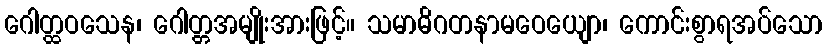
ဂေါတ္ထဝသေန၊ ဂေါတ္တအမျိုးအားဖြင့်။ သမာဓိဂတနာမဝေယျော၊ ကောင်းစွာရအပ်သော